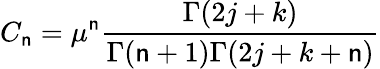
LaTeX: C_{\mathsf{n}}=\mu^{\mathsf{n}}\frac{{\Gamma(2j+k)}}{{\Gamma(\mathsf{n}+1)\Gamma(2j+k+\mathsf{n})}}